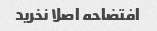
افتضاحه اصلا نخرید